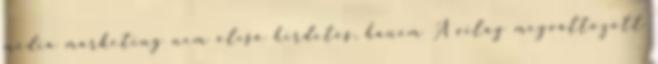
media marketing nem olcsó hirdetés, hanem A világ megváltozott